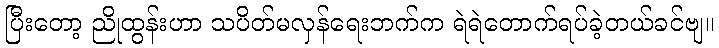
ပြီးတော့ ညိုထွန်းဟာ သပိတ်မလှန်ရေးဘက်က ရဲရဲတောက်ရပ်ခဲ့တယ်ခင်ဗျ။